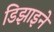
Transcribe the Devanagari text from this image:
डिझाइने